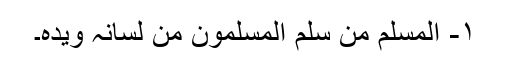
۱- المسلم من سلم المسلمون من لسانہ ویدہ۔